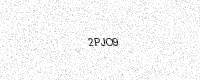
Text: 2PJO9